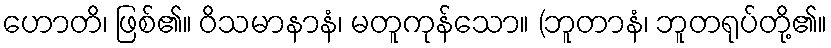
ဟောတိ၊ ဖြစ်၏။ ဝိသမာနာနံ၊ မတူကုန်သော။ (ဘူတာနံ၊ ဘူတရုပ်တို့၏။